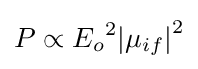
P\propto {E_{o}}^{2}{|\mu _{if}|}^{2}